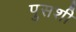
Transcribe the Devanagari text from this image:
पुसशी